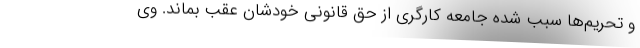
و تحریم‌ها سبب شده جامعه کارگری از حق قانونی خودشان عقب بماند. وی